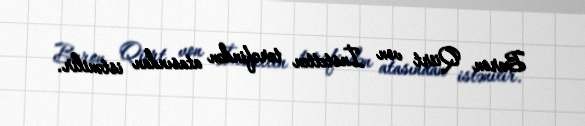
Baron Qiirt von İnstetten tərəfindən atasından istənilir.